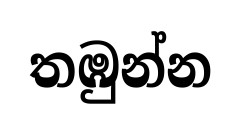
තඹුන්න